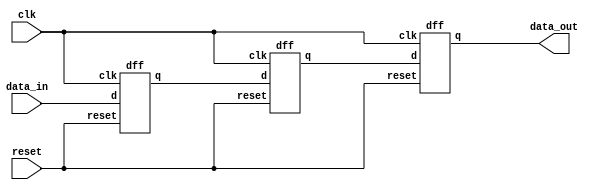
module shift(
    input  clk,
    input  reset,
    input  data_in,
    output data_out
);
    parameter DEPTH = 3; /* how many clocks to delay the data_in */

    wire [DEPTH:0] connect_wire;

    /* these are just wire connections? */
    assign data_out        = connect_wire[DEPTH];
    assign connect_wire[0] = data_in;

    /* This is easier in systemverilog I think */
    genvar i;
    generate
        for (i=1; i <= DEPTH; i=i+1) begin
            dff DFF(clk, reset, connect_wire[i-1], connect_wire[i]);
        end
    endgenerate

endmodule

module dff(
    input      clk,
    input      reset,
    input      d,
    output reg q
);

    always @(posedge clk or posedge reset) begin
        if (reset) begin
            q = 1'b0;
        end else begin
            q = d; /* creates a flip flop */
        end
    end

endmodule

module test;

reg clk;
reg reset;
reg data_in;
wire data_out;

shift shifty(
    .clk(clk),
    .reset(reset),
    .data_in(data_in),
    .data_out(data_out));

initial begin
    $dumpvars(0, test);
    reset = 1;
    clk   = 0;

    #1 reset = 0;
    data_in = 0;

    #20 data_in = 1;

    #20 data_in = 0;

    #100 $finish;
end

always #10 clk <= ~clk;

endmodule